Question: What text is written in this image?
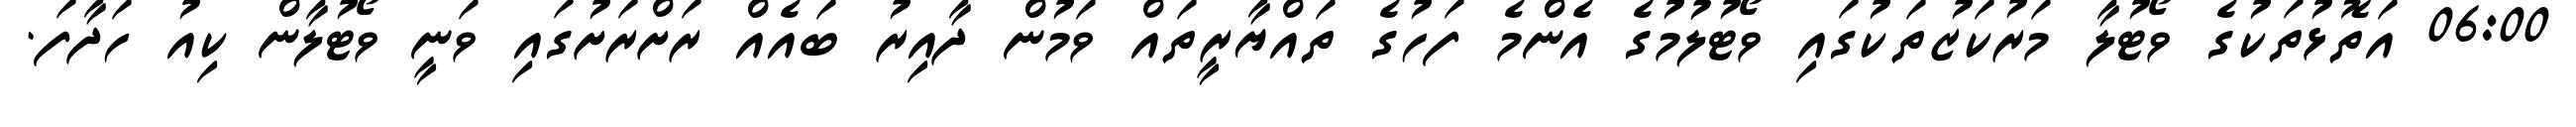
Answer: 06:00 އަތޮޅުތަކުގެ ވޯޓުލާ މަރުކަޒުތަކުގައި ވޯޓުލުމުގެ އެންމެ ފަހުގެ ތައްޔާރީތައް ވަމުން ދާއިރު ބައެއް ރަށްރަށުގައި ވަނީ ވޯޓުލާން ކިއު ހަދާފަ.